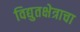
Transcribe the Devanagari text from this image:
विद्युतक्षेत्राचा